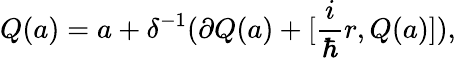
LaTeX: Q(a)=a+\delta^{-1}(\partial Q(a)+[\frac{i}{\hbar}r,Q(a)]),